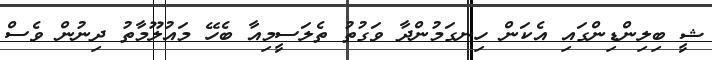
ޝީ ބިލިންޑިންގައި އެކަން ހިނގަމުންދާ ވަގުތު ތެލަސީމިއާ ބެހޭ މައުލޫމާތު ދިނުން ވެސް